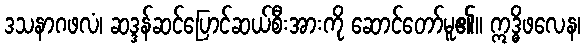
ဒသနာဂဖလံ၊ ဆဒ္ဒန်ဆင်ပြောင်ဆယ်စီးအားကို ဆောင်တော်မူ၏။ ဣဒ္ဓိဖလေန၊